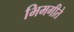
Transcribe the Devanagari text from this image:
भिमगीते